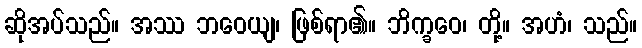
ဆိုအပ်သည်။ အဿ ဘဝေယျ၊ ဖြစ်ရာ၏။ ဘိက္ခဝေ၊ တို့။ အဟံ၊ သည်။